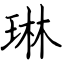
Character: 琳